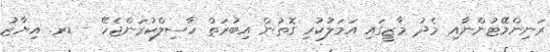
ރަނިންމޭޓުންނާއި މެދު މާޒީގައި އަމަލުކުރި ގޮތުން އިބުރަތް ހާސިލްކުރަންޖެހޭ - ޑރ. އިޔާޒު